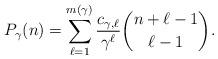
LaTeX: \begin{align*}P_{\gamma}(n) = \sum_{\ell=1}^{m(\gamma)} \frac{c_{\gamma,\ell}}{\gamma^{\ell}}\binom{n+\ell-1}{\ell-1}.\end{align*}